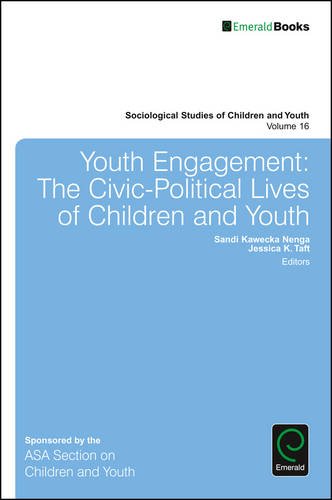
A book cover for Youth Engagement: The Civic-Political Lives of Children and Youth (Sociological Studies of Children and Youth); Sandi Kawecka Nenga; Politics & Social Sciences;